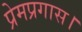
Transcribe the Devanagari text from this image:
प्रेमप्रगास।